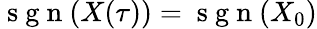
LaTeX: \mathrm{~s~g~n~}(X(\tau))=\mathrm{~s~g~n~}(X_{0})